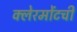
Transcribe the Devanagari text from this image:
क्लेरमोंटची